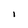
Character: I